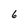
Character: 6